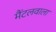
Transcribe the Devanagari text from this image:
मैंटलवाला